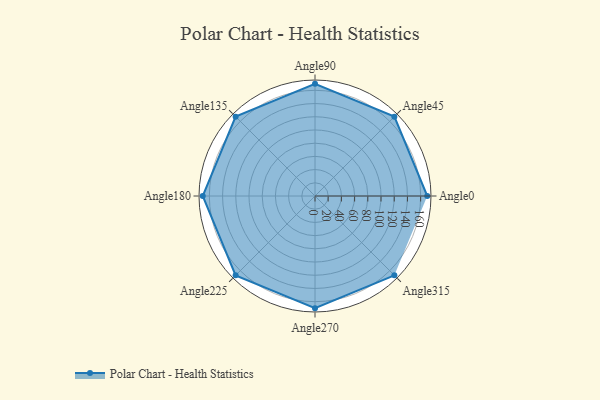
{"axis": {"x": "Angle", "y": "Radius"}, "legend": [""], "data": [{"x": "Angle0", "y": 170, "type": ""}, {"x": "Angle45", "y": 170, "type": ""}, {"x": "Angle90", "y": 170, "type": ""}, {"x": "Angle135", "y": 170, "type": ""}, {"x": "Angle180", "y": 170, "type": ""}, {"x": "Angle225", "y": 170, "type": ""}, {"x": "Angle270", "y": 170, "type": ""}, {"x": "Angle315", "y": 170, "type": ""}]}